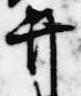
弁